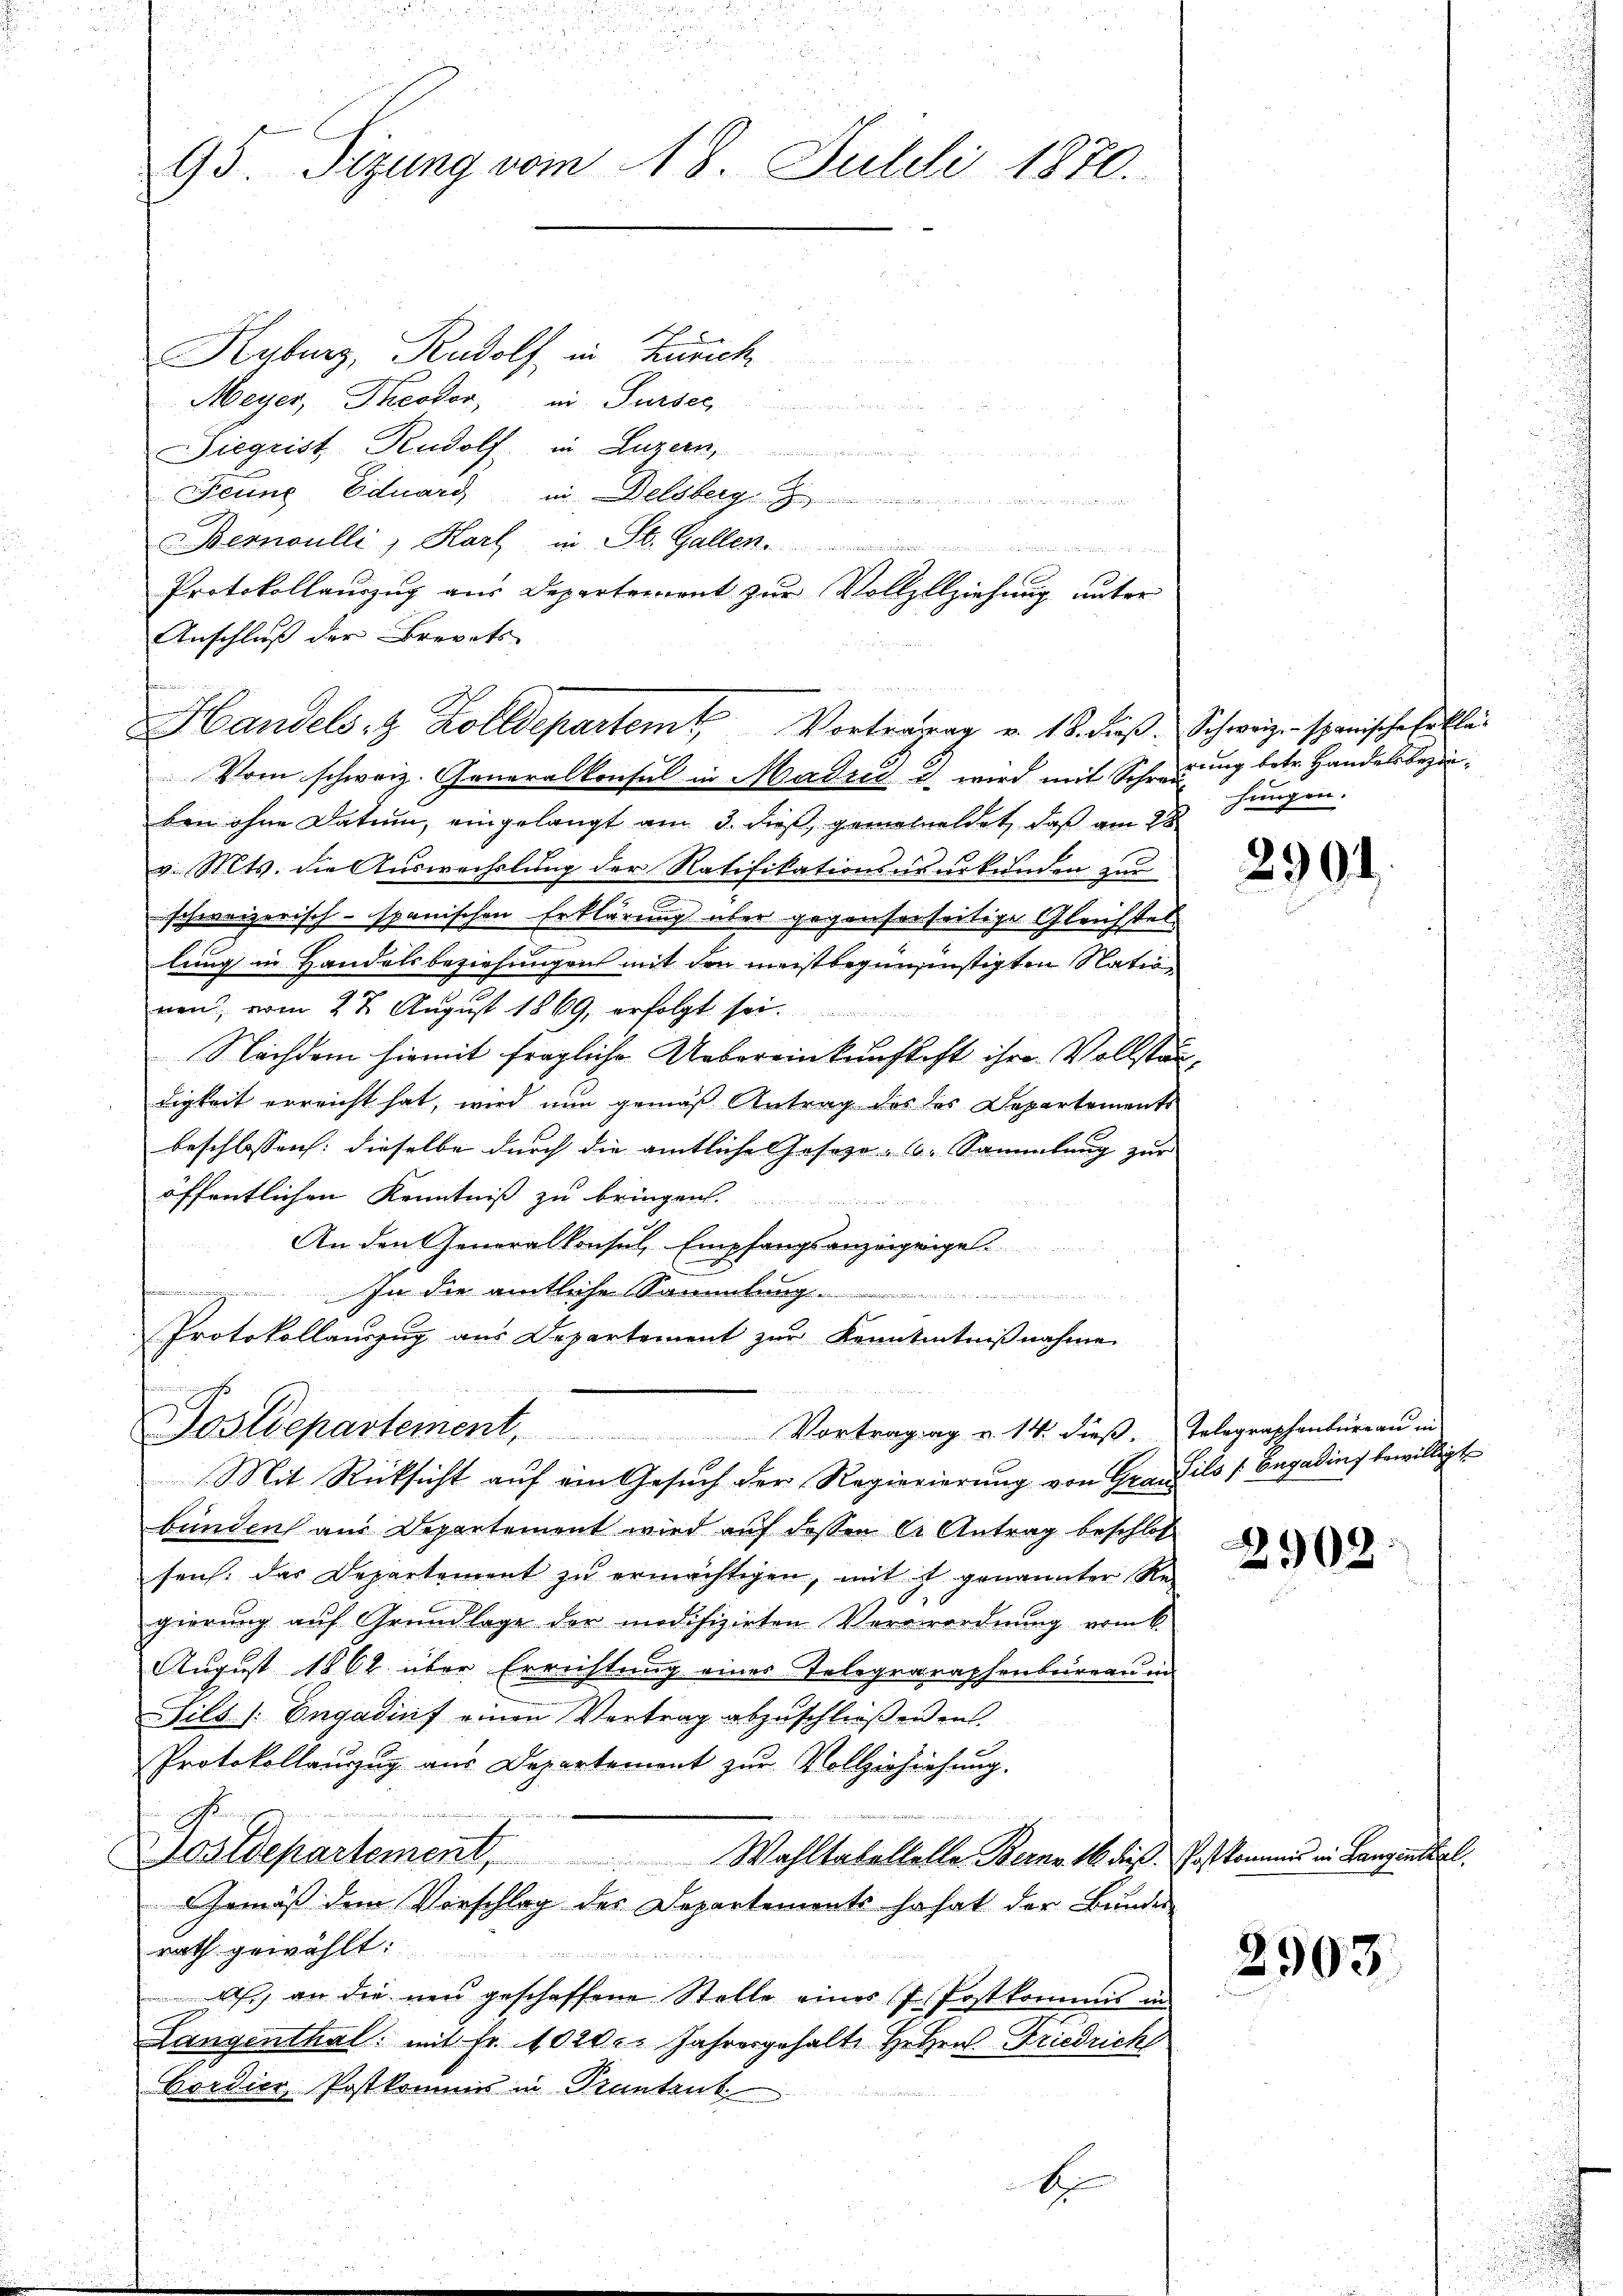
95. Sizung vom 18. Julii 1870.

Kyburg, Rudolf in Zürich
Meyer, Theodor, ai Sursee
Siegrist Rudolf in Luzern,
Ferne Eduard in Delsberg
Bernoulli, Karl in St. Gallen.
Protokollauszug aus Departement zur Vollzllziehung unter
Anschluß der Brevets
ben ohne Datum, eingelangt am 3. dieß, gemaheldet, daß am 28
v. Mts. die Auswechslung der Ratifikationsusurkunden zu
e
schweizerisch-spanischen Erklärung über gegenserseitige Gleichstel
lung in Handelsbeziehungen mit den meistbegünsinstigten Nationen, vom 22. August 1869, erfolgt sei.
Nachdem hiemit fragliche Uebereinkunftest ihre Vollständigkeit erreicht hat, wird nun gemäß Antrag des des Departements
beschlossen: dieselbe durch die amtliche Geseze - u. Sammlung zur |
öffentlichen Kenntniß zu bringen.
An den Generalkonsul, Empfangsanzeigunge
mmungen
In die amtliche Sammlung.

Protokollauszug aus Departement zur Kenntentniβnahme
snien ge
Sostdepartement, Vortragag u. 14. dieβ. Telegraphenbüreaŭ in
Mit Rücksicht auf ein Gesuch der Regierierung von Graus ils (Engadins bewilligte
bunden aus Departement wird auf dessen er Antrag beschloß
seich. das Departement zu ermächtigen, mit s. genannter Re-
giörung auf Grundlage der modifizirten Ververordnung vom 6.
August 1862 über Errichtung eines Telegraraphenbureau in
Sils [Engadinf einen Vertrag abzuschließenen.
Protokollauszug aus Departement zur Vollzirziehung.

Postdepartement, Wahltakeltelle Berne 16 dies Post kommis in Langinthal.
Gemäß dem Vorschlag des Departements so hat der Bundes
rath gewählt:
A., an die neu geschaffene Stelle eines J. Postkommis in
Langenthal: mit Fr. 1020. Jahresgehalte Hetzen-Friedrich
Cordier, Postkommis in Prantenk

Handels- & Zolldepartem Vortragung v. 18. dieß. Schweizen spanische beklei
Vom schweiz. Generalkonsul in Madrid u. wird mit Schwerung betr. Handelsbezie¬

E

hungen.

2904

2902.

2903